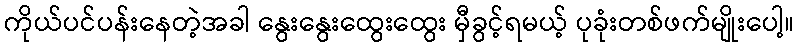
ကိုယ်ပင်ပန်းနေတဲ့အခါ နွေးနွေးထွေးထွေး မှီခွင့်ရမယ့် ပုခုံးတစ်ဖက်မျိုးပေါ့။